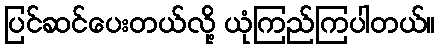
ပြင်ဆင်ပေးတယ်လို့ ယုံကြည်ကြပါတယ်။